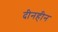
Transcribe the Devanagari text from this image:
दीनहीन